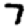
Digit: 7